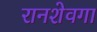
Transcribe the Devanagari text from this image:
रानशेवगा